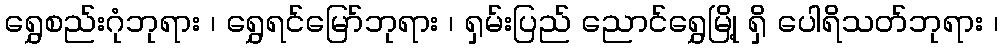
ရွှေစည်းဂုံဘုရား ၊ ရွှေရင်မြော်ဘုရား ၊ ရှမ်းပြည် ညောင်ရွှေမြို့ ရှိ ပေါရိသတ်ဘုရား ၊